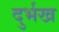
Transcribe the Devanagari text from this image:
दुर्भख